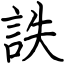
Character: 詄